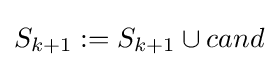
S_{k+1}:=S_{k+1}\cup cand